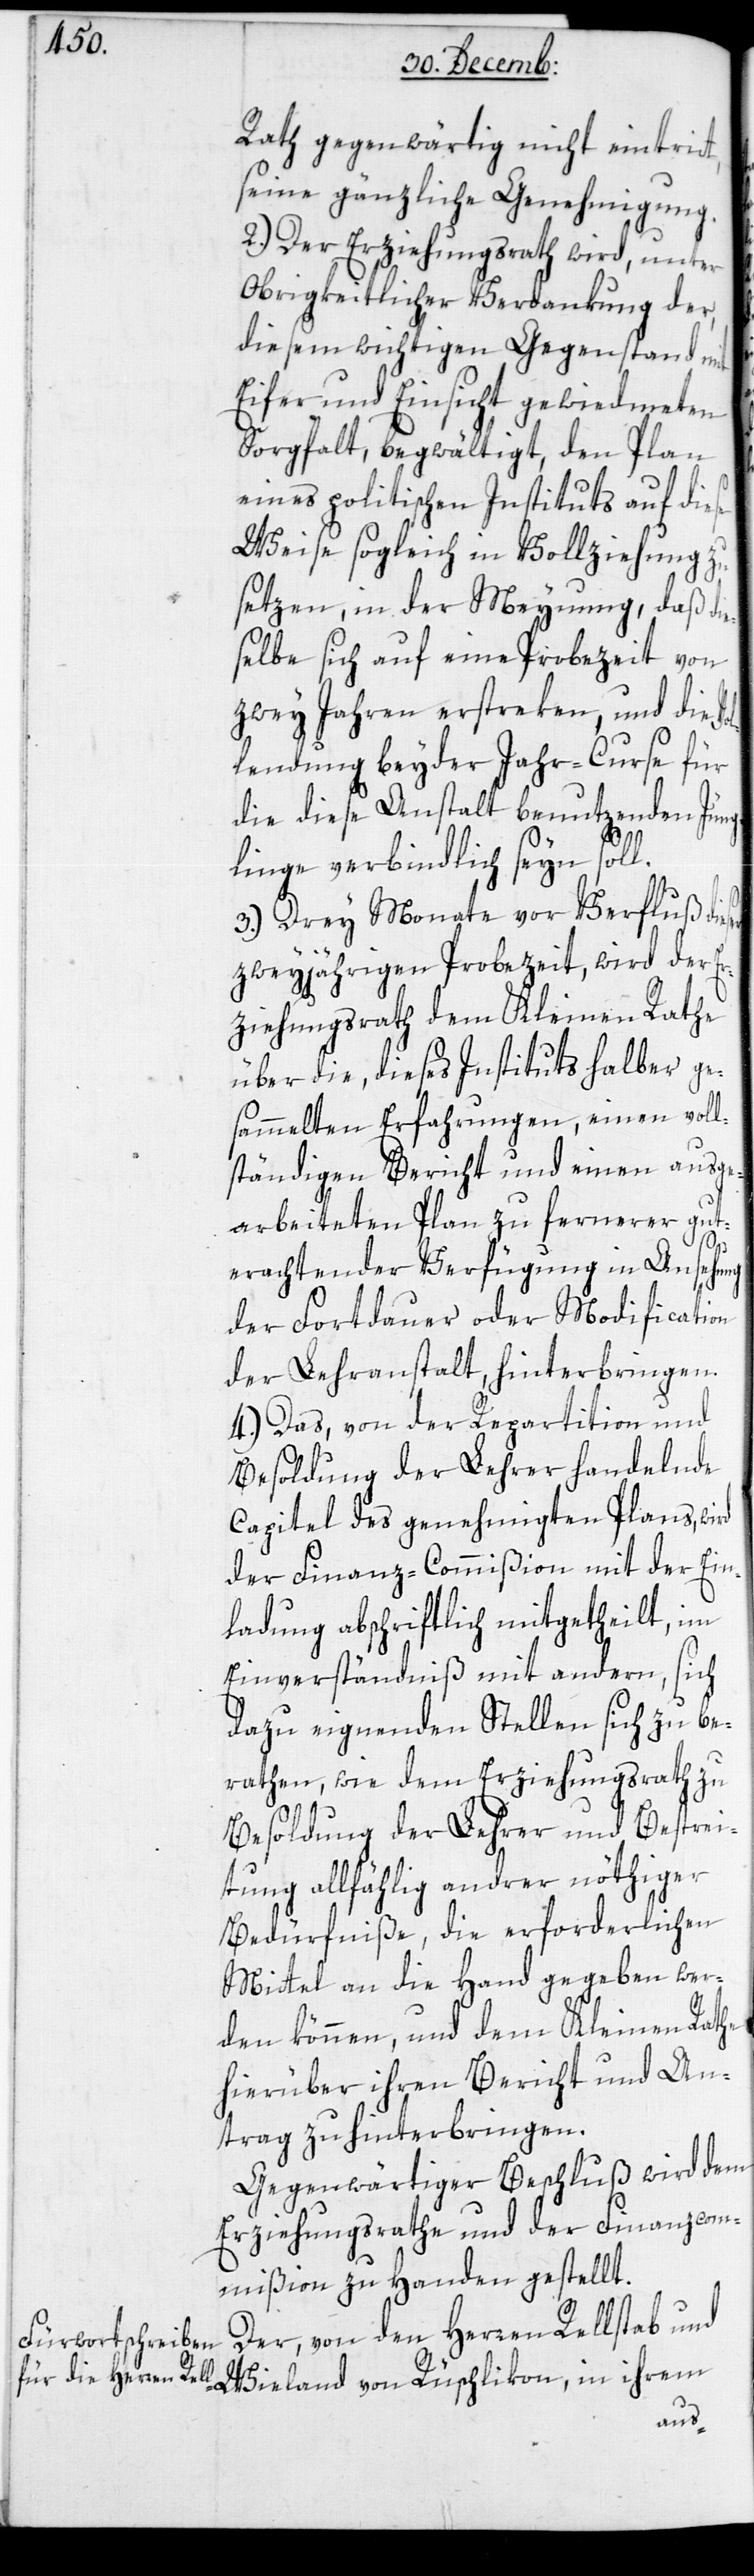
Rath gegenwärtig nicht eintritt,
seine gänzliche Genehmigung.
2.) Der Erziehungsrath wird, unter
obrigkeitlicher Verdankung der,
diesem wichtigen Gegenstand mit
Eifer und Einsicht gewidmeten
Sorgfalt, begwältigt, den Plan
eines politischen Instituts auf diese
Weise sogleich in Vollziehung zu
setzen, in der Meynung, daß di¬
selbe sich auf eine Probezeit von
zwey Jahren erstreken, und die
lendung beyder Jahr-Curse für
die diese Anstalt benutzenden Jüng¬
linge verbindlich seyn soll.
3.) drey Monate vor Verfluß die¬
zweyjährigen Probezeit, wird der Er¬
ziehungsrath dem Kleinen Rathe
über die, dieses Institut halber ge¬
sammelten Erfahrungen, einen voll¬
ständigen Bericht und einen ausge¬
arbeiteten Plan zu fernerer gut
ser
erachtender Verfügung in Ansehung
der Fortdauer oder Modification
der Lehranstalt, hinterbringen.
4.) Das, von der Repartition und
Besoldung der Lehrer handelnde
Capitel des genehmigten Plans, wird
der Finanz-Commißion mit der Ein¬
ladung abschriftlich mitgetheilt, im
Einverständniß mit andern, sich
dazu eignenden Stellen sich zu be¬
rathen, wie dem Erziehungsrat zu
Besoldung der Lehrer und Bestrei¬
tung allfällig andrer nöthiger
Bedürfniße, die erforderlichen
Mittel an die Hand gegeben wer¬
den können, und dem Kleinen Rathe
hierüber ihren Bericht und An¬
trag zu hinterbringen.
Gegenwärtiger Beschluß wird dem
Erziehungsrathe und der Finanz-Com¬
mißion zu Handen gestellt.
Der, von den Herren Rellstab und